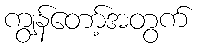
ကျွန်တော့်အတွက်